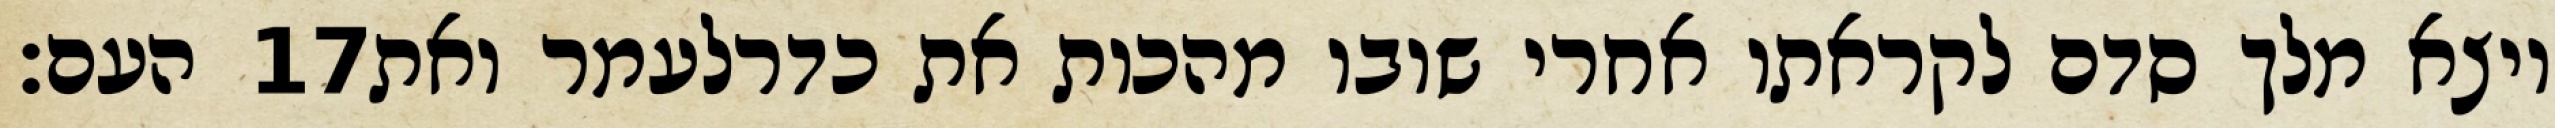
העם׃ ‎17‏ ויצא מלך סדם לקראתו אחרי שובו מהכות את כדרלעמר ואת